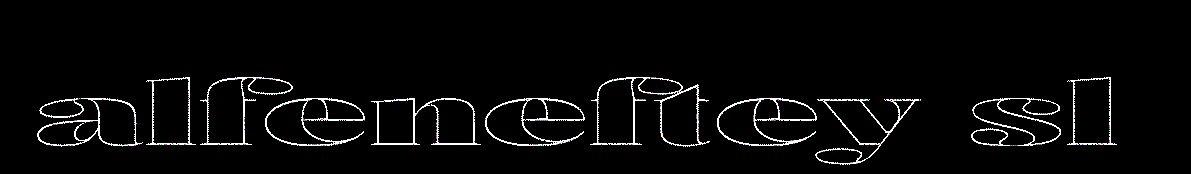
alfeneftey sl